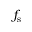
f _ { \mathrm { s } }